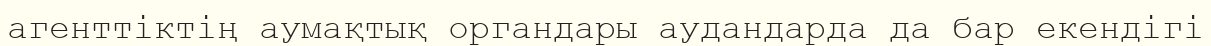
агенттіктің аумақтық органдары аудандарда да бар екендігі